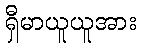
ရှီမာယူယူအား